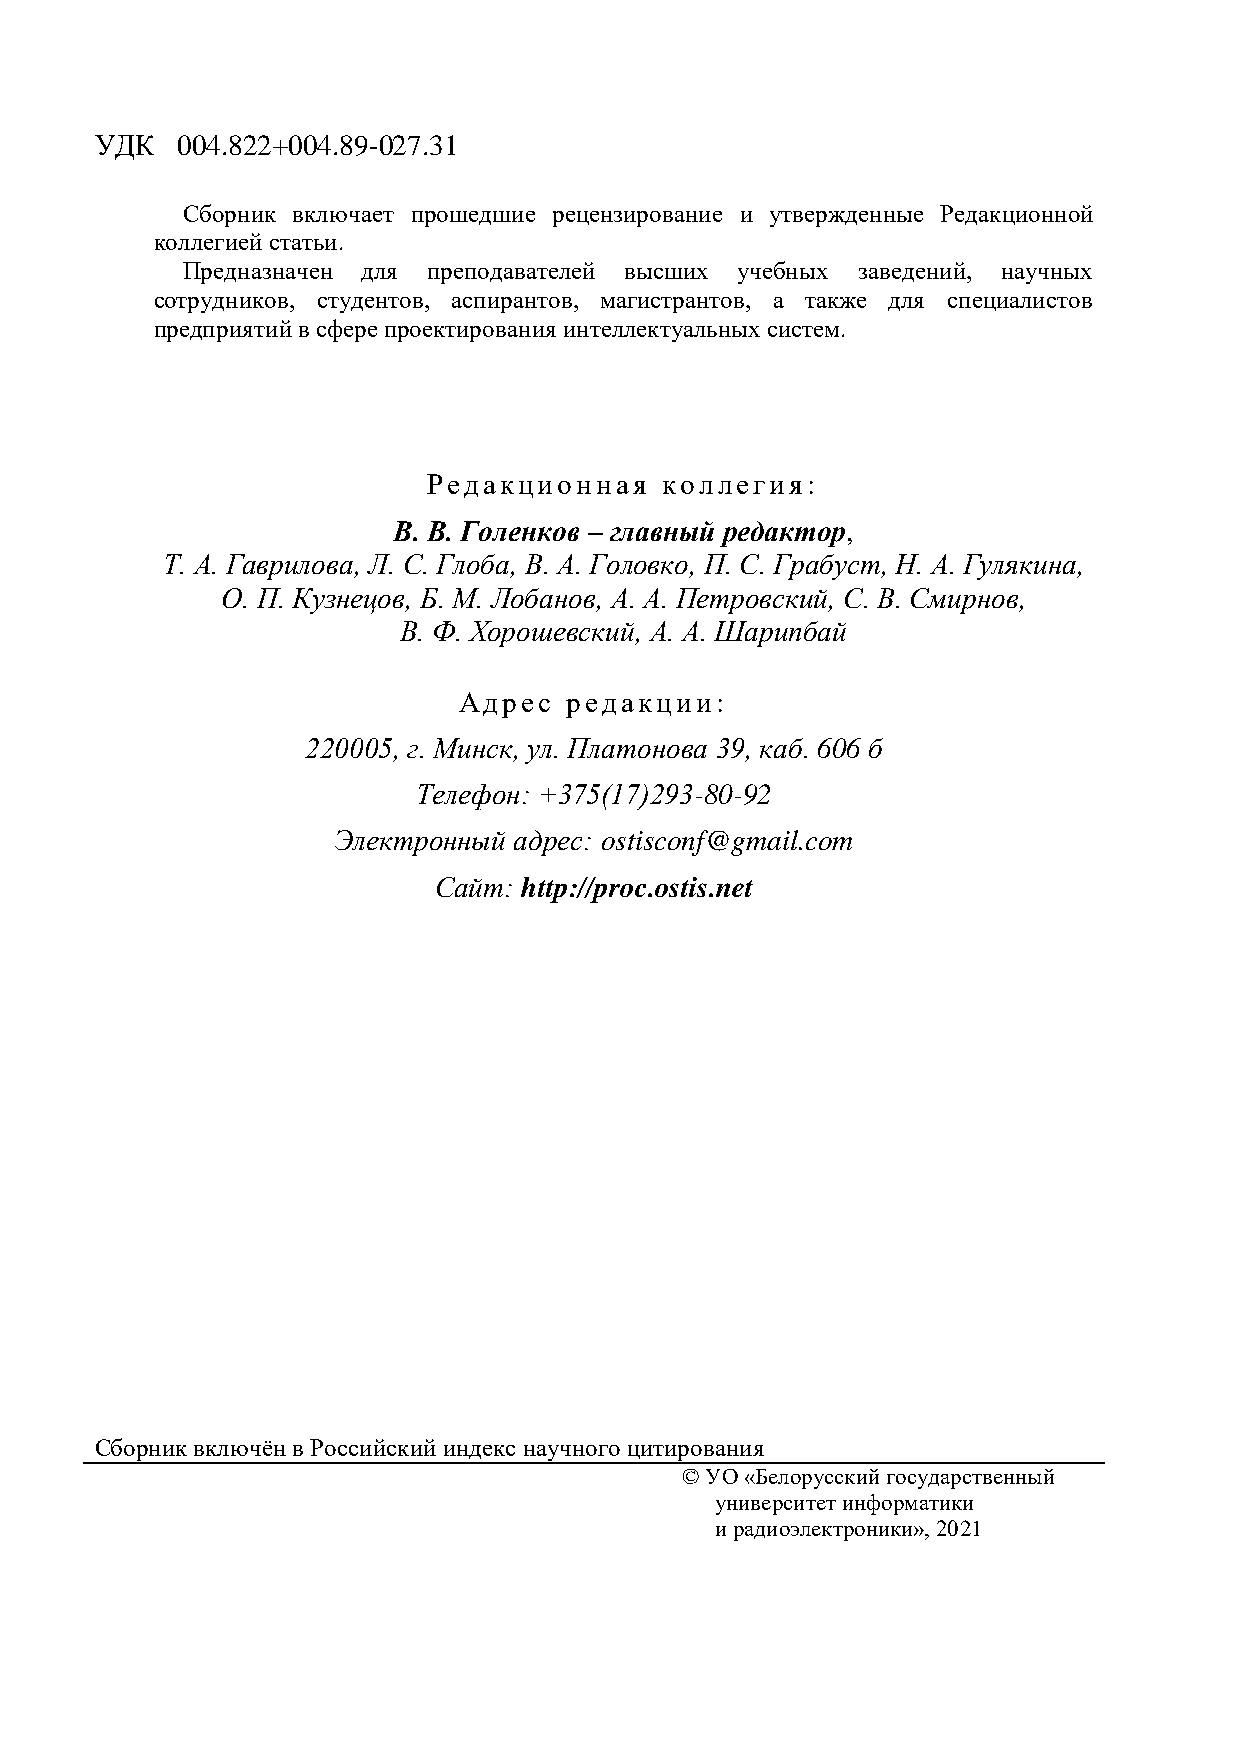
УДК   004.822+004.89-027.31
 Сборник включает прошедшие рецензирование и утвержденные Редакционной
 коллегией статьи.
 Предназначен для преподавателей высших учебных заведений, научных
 сотрудников, студентов, аспирантов, магистрантов, а также для специалистов
 предприятий в сфере проектирования интеллектуальных систем.
 Редакционная    коллегия:
 В. В. Голенков – главный редактор,
 Т. А. Гаврилова, Л. С. Глоба, В. А. Головко, П. С. Грабуст, Н. А. Гулякина,
 О. П. Кузнецов, Б. М. Лобанов, А. А. Петровский, С. В. Смирнов,
 В. Ф. Хорошевский, А. А. Шарипбай
 Адрес   редакции:
 220005, г. Минск, ул. Платонова 39, каб. 606 б
 Телефон: +375(17)293-80-92
 Электронный адрес: ostisconf@gmail.com
 Сайт: http://proc.ostis.net
 Сборник включён в Российский индекс научного цитирования
 © УО «Белорусский государственный
 университет информатики
 и радиоэлектроники», 2021